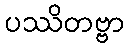
ပဿိတဗ္ဗာ